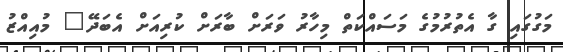
މަގުގައި ގާ އެތުރުމުގެ މަސައްކަތް މިހާރު ވަރަށް ބާރަށް ކުރިއަށް އެބަދޭ" މުއިއްޒު